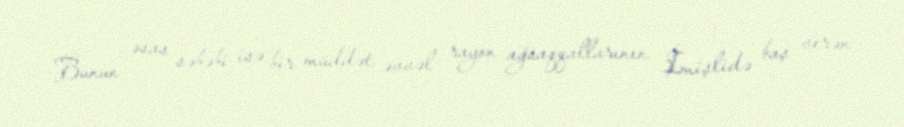
Bunun əsas səbəbi isə bir müddət əvvəl rayon ağsaqqallarının İmişlidə baş verən